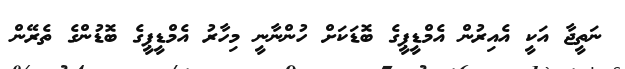
ނަތީޖާ އަކީ އެއިރުން އެމްޑީޕީގެ ބޮޑަކަށް ހުންނާނީ މިހާރު އެމްޑީޕީގެ ބޮޑުންގެ ތެރޭން